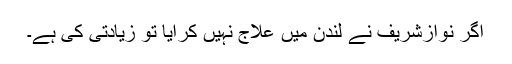
اگر نوازشریف نے لندن میں علاج نہیں کرایا تو زیادتی کی ہے۔